Source: Handwritten
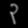
Digit: ၃ (3)